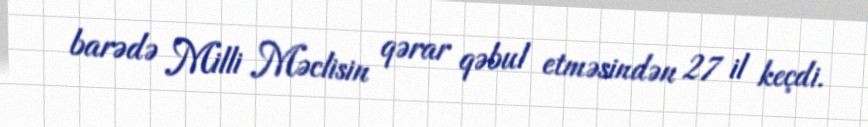
barədə Milli Məclisin qərar qəbul etməsindən 27 il keçdi.